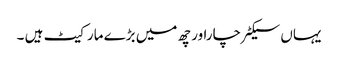
یہاں سیکٹر چاراور چھ میں بڑے مارکیٹ ہیں ۔